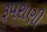
રૂપરાણી